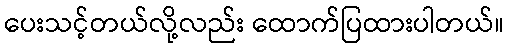
ပေးသင့်တယ်လို့လည်း ထောက်ပြထားပါတယ်။